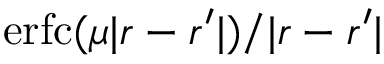
\mathrm { e r f c } ( \mu | \boldsymbol { r } - \boldsymbol { r ^ { \prime } } | ) / | \boldsymbol { r } - \boldsymbol { r ^ { \prime } } |